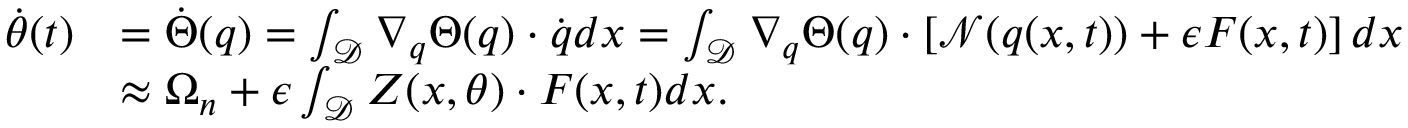
\begin{array} { r l } { \dot { \theta } ( t ) } & { = \dot { \Theta } ( \boldsymbol { q } ) = \int _ { \mathcal { D } } \nabla _ { \boldsymbol { q } } \Theta ( \boldsymbol { q } ) \cdot \dot { \boldsymbol { q } } d \boldsymbol { x } = \int _ { \mathcal { D } } \nabla _ { \boldsymbol { q } } \Theta ( \boldsymbol { q } ) \cdot \left[ \mathcal { N } ( \boldsymbol { q } ( \boldsymbol { x } , t ) ) + \epsilon \boldsymbol { F } ( \boldsymbol { x } , t ) \right] d \boldsymbol { x } } \\ & { \approx \Omega _ { n } + \epsilon \int _ { \mathcal { D } } \boldsymbol { Z } ( \boldsymbol { x } , \theta ) \cdot \boldsymbol { F } ( \boldsymbol { x } , t ) d \boldsymbol { x } . } \end{array}